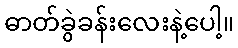
ဓာတ်ခွဲခန်းလေးနဲ့ပေါ့။